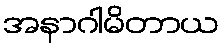
အနာဂါမိတာယ